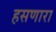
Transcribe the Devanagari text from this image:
हसणारा